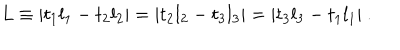
L \equiv | t _ { 1 } l _ { 1 } - t _ { 2 } l _ { 2 } | = | t _ { 2 } l _ { 2 } - t _ { 3 } l _ { 3 } | = | t _ { 3 } l _ { 3 } - t _ { 1 } l _ { 1 } | ~ .